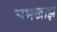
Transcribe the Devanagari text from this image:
अभखाझ